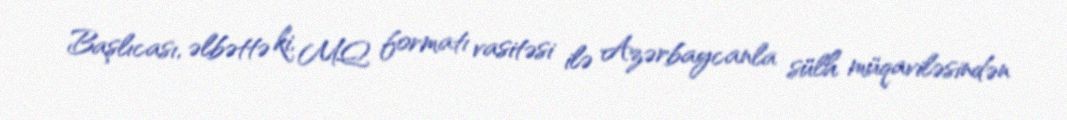
Başlıcası, əlbəttə ki, MQ formatı vasitəsi ilə Azərbaycanla sülh müqaviləsindən